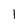
Character: I